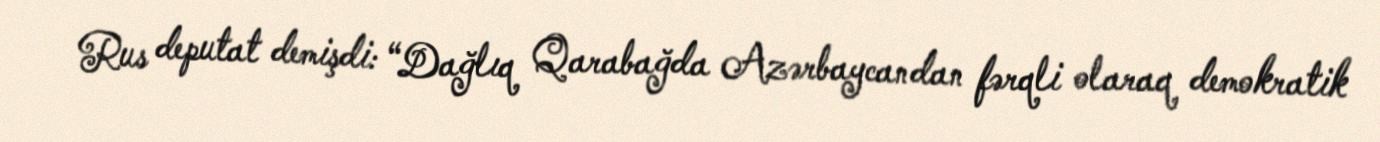
Rus deputat demişdi: “Dağlıq Qarabağda Azərbaycandan fərqli olaraq demokratik